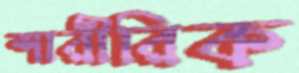
শারীরিক